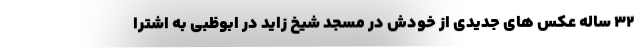
۳۲ ساله عکس های جدیدی از خودش در مسجد شیخ زاید در ابوظبی به اشترا